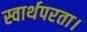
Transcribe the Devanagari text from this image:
स्वार्थपरता।